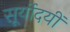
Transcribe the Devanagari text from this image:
सूर्योदयीं